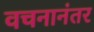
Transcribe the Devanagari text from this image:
वचनानंतर